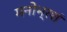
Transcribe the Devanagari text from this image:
मनोभ्रशं